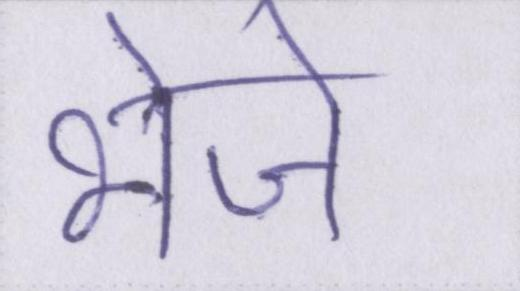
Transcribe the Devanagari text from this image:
भेजे